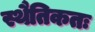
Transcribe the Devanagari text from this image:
स्थैतिकतः